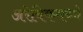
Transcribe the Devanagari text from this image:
अरेबिकमध्ये